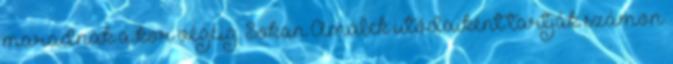
maradnak a kor végéig. Sokan Amálek utódaiként tartják számon